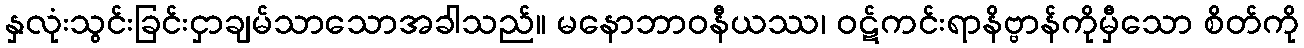
နှလုံးသွင်းခြင်းငှာချမ်သာသောအခါသည်။ မနောဘာဝနီယဿ၊ ဝဋ်ကင်းရာနိဗ္ဗာန်ကိုမှီသော စိတ်ကို